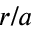
r / a